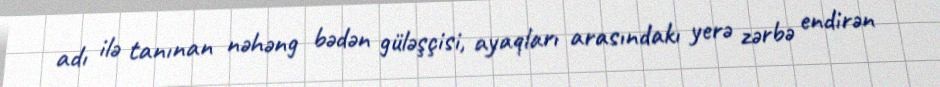
adı ilə tanınan nəhəng bədən güləşçisi, ayaqları arasındakı yerə zərbə endirən